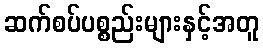
ဆက်စပ်ပစ္စည်းများနှင့်အတူ